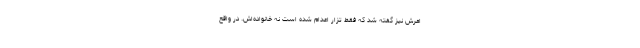
امرش نیز گفته شد که فقط تزار اعدام شده است نه خانواده‌اش. در واقع